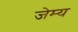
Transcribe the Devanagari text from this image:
जेम्य